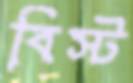
বিস্ট